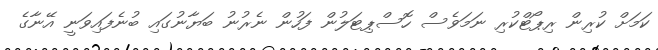
ކަމަށް ކުރިން ރިޕޯޓްކުރި ނަމަވެސް ހޮސްޕިޓަލުން ފަހުން ނެރުނު ބަޔާނުގައި ބުނެފައިވަނީ އޭނާގެ